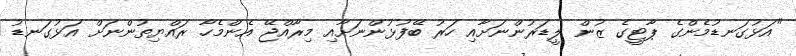
"އަޅުގަނޑުމެންގެ ޕާޓީގެ ޒުން ލީޑަރުންނަށާއި ހަރު ބޭފުޅުންނަށާއި މިރާއްޖޭ އެންމެހާ ރައްޔިތުންނަށް އަޅުގަނޑު